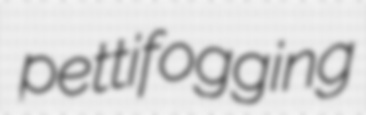
pettifogging